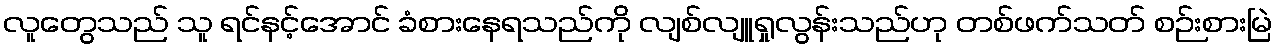
လူတွေသည် သူ ရင်နင့်အောင် ခံစားနေရသည်ကို လျစ်လျူရှုလွန်းသည်ဟု တစ်ဖက်သတ် စဉ်းစားမြဲ